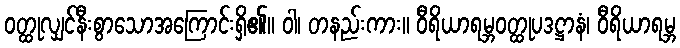
ဝတ္ထုလျှင်နီးစွာသောအကြောင်းရှိ၏။ ဝါ၊ တနည်းကား။ ဝီရိယာရမ္ဘဝတ္ထုပဒဋ္ဌာနံ၊ ဝီရိယာရမ္ဘ